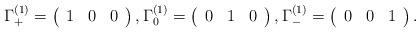
LaTeX: \begin{align*}\Gamma_{+}^{(1)} = \left(\begin{array}{ccc}1 & 0 & 0\end{array}\right), \Gamma_{0}^{(1)} = \left(\begin{array}{ccc}0 & 1 & 0\end{array}\right), \Gamma_{-}^{(1)} = \left(\begin{array}{ccc}0 & 0 & 1\end{array}\right).\end{align*}